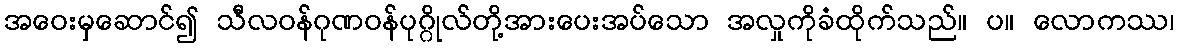
အဝေးမှဆောင်၍ သီလဝန်ဂုဏဝန်ပုဂ္ဂိုလ်တို့အားပေးအပ်သော အလှုကိုခံထိုက်သည်။ ပ။ လောကဿ၊